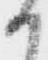
か